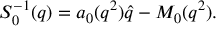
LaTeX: S _ { 0 } ^ { - 1 } ( q ) = a _ { 0 } ( q ^ { 2 } ) \hat { q } - M _ { 0 } ( q ^ { 2 } ) .